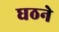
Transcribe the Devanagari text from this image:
घठने